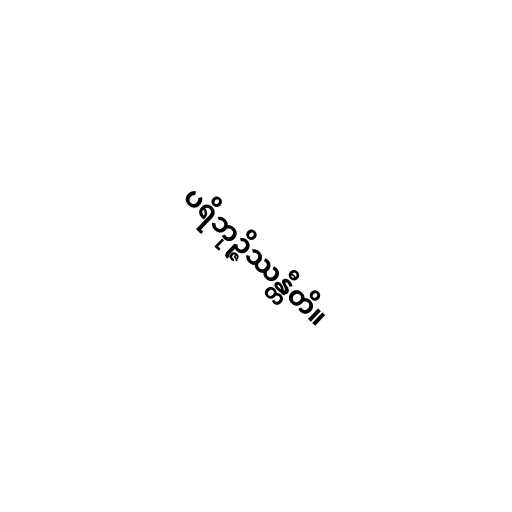
ပရိဘုဉ္ဇိဿန္တီတိ။